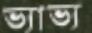
ভ্যাভ্য